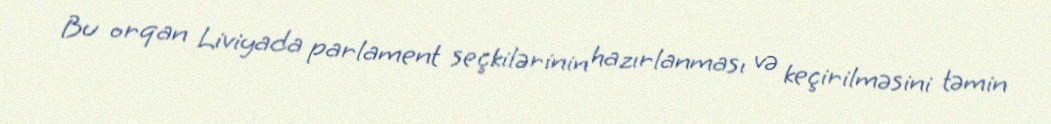
Bu orqan Liviyada parlament seçkilərinin hazırlanması və keçirilməsini təmin